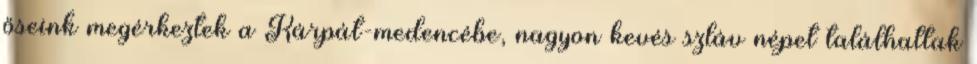
őseink megérkeztek a Kárpát-medencébe, nagyon kevés szláv népet találhattak